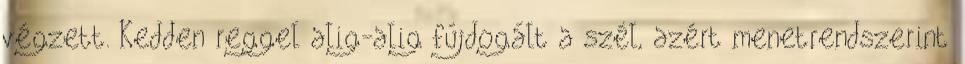
végzett. Kedden reggel alig-alig fújdogált a szél, azért menetrendszerint